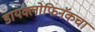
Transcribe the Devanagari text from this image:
डायक्लोफिनॅकचा